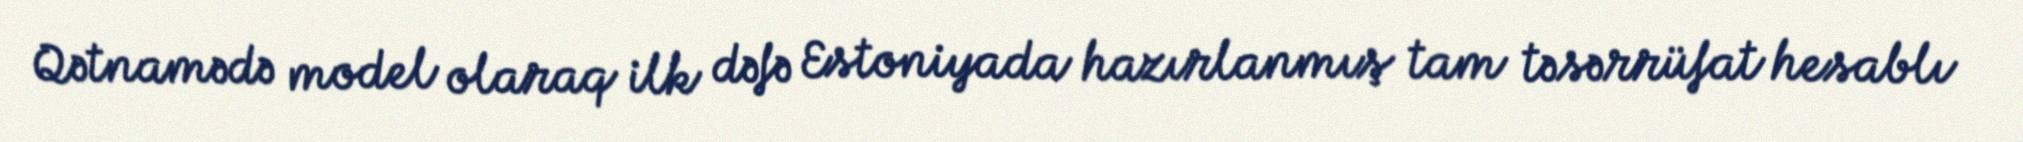
Qətnamədə model olaraq ilk dəfə Estoniyada hazırlanmış tam təsərrüfat hesablı